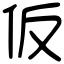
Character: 仮